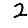
Digit: 2